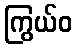
ကြွယ်ဝ